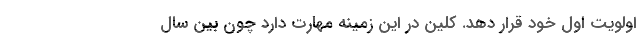
اولویت اول خود قرار دهد. کلین در این زمینه مهارت دارد چون بین سال